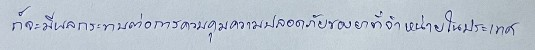
ก็จะมีผลกระทบต่อการควบคุมความปลอดภัยของยาที่จำหน่ายในประเทศ